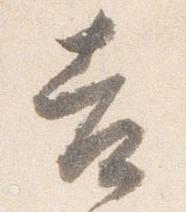
吉